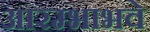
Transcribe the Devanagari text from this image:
आरम्भाभवे